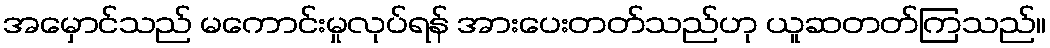
အမှောင်သည် မကောင်းမှုလုပ်ရန် အားပေးတတ်သည်ဟု ယူဆတတ်ကြသည်။